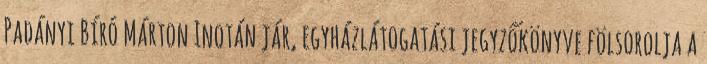
Padányi Bíró Márton Inotán jár, egyházlátogatási jegyzőkönyve fölsorolja a